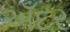
અઁદર